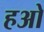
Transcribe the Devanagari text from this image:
हओ